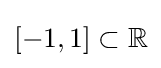
[-1,1]\subset \mathbb {R}